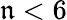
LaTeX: \mathfrak{n}<6